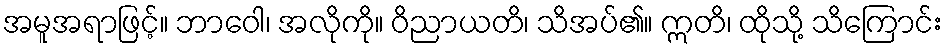
အမူအရာဖြင့်။ ဘာဝေါ၊ အလိုကို။ ဝိညာယတိ၊ သိအပ်၏။ ဣတိ၊ ထိုသို့ သိကြောင်း